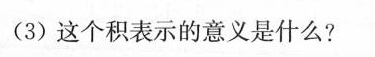
(3)这个积表示的意义是什么?